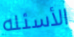
الأسئله